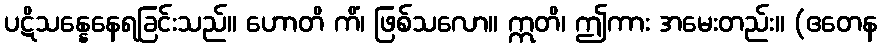
ပဋိသန္နေနေရခြင်းသည်။ ဟောတိ ကိံ၊ ဖြစ်သလော။ ဣတိ၊ ဤကား အမေးတည်း။ (ဧတေန